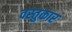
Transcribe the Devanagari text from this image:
वस्तुकार